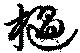
檛